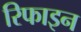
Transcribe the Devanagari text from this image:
रिफाइन